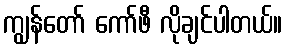
ကျွန်တော် ကော်ဖီ လိုချင်ပါတယ်။